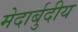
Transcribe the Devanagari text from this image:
मेदार्बुदीय